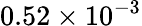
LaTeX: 0.52\times 10^{-3}